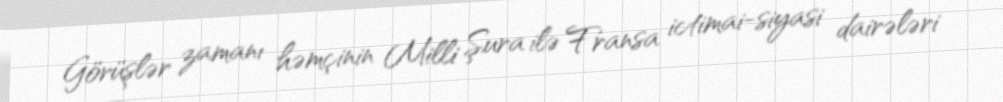
Görüşlər zamanı həmçinin Milli Şura ilə Fransa ictimai-siyasi dairələri